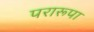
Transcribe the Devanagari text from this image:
परारूपा